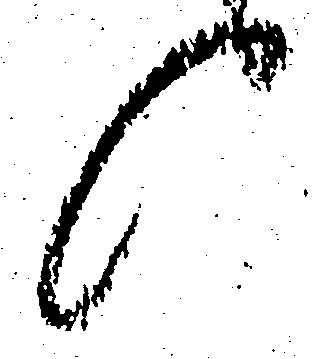
候